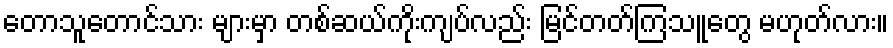
တောသူတောင်သား များမှာ တစ်ဆယ်ကိုးကျပ်လည်း မြင်တတ်ကြသူတွေ မဟုတ်လား။